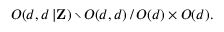
O ( d , d \, | { \bf Z } ) \setminus O ( d , d ) \, / \, O ( d ) \times O ( d ) .